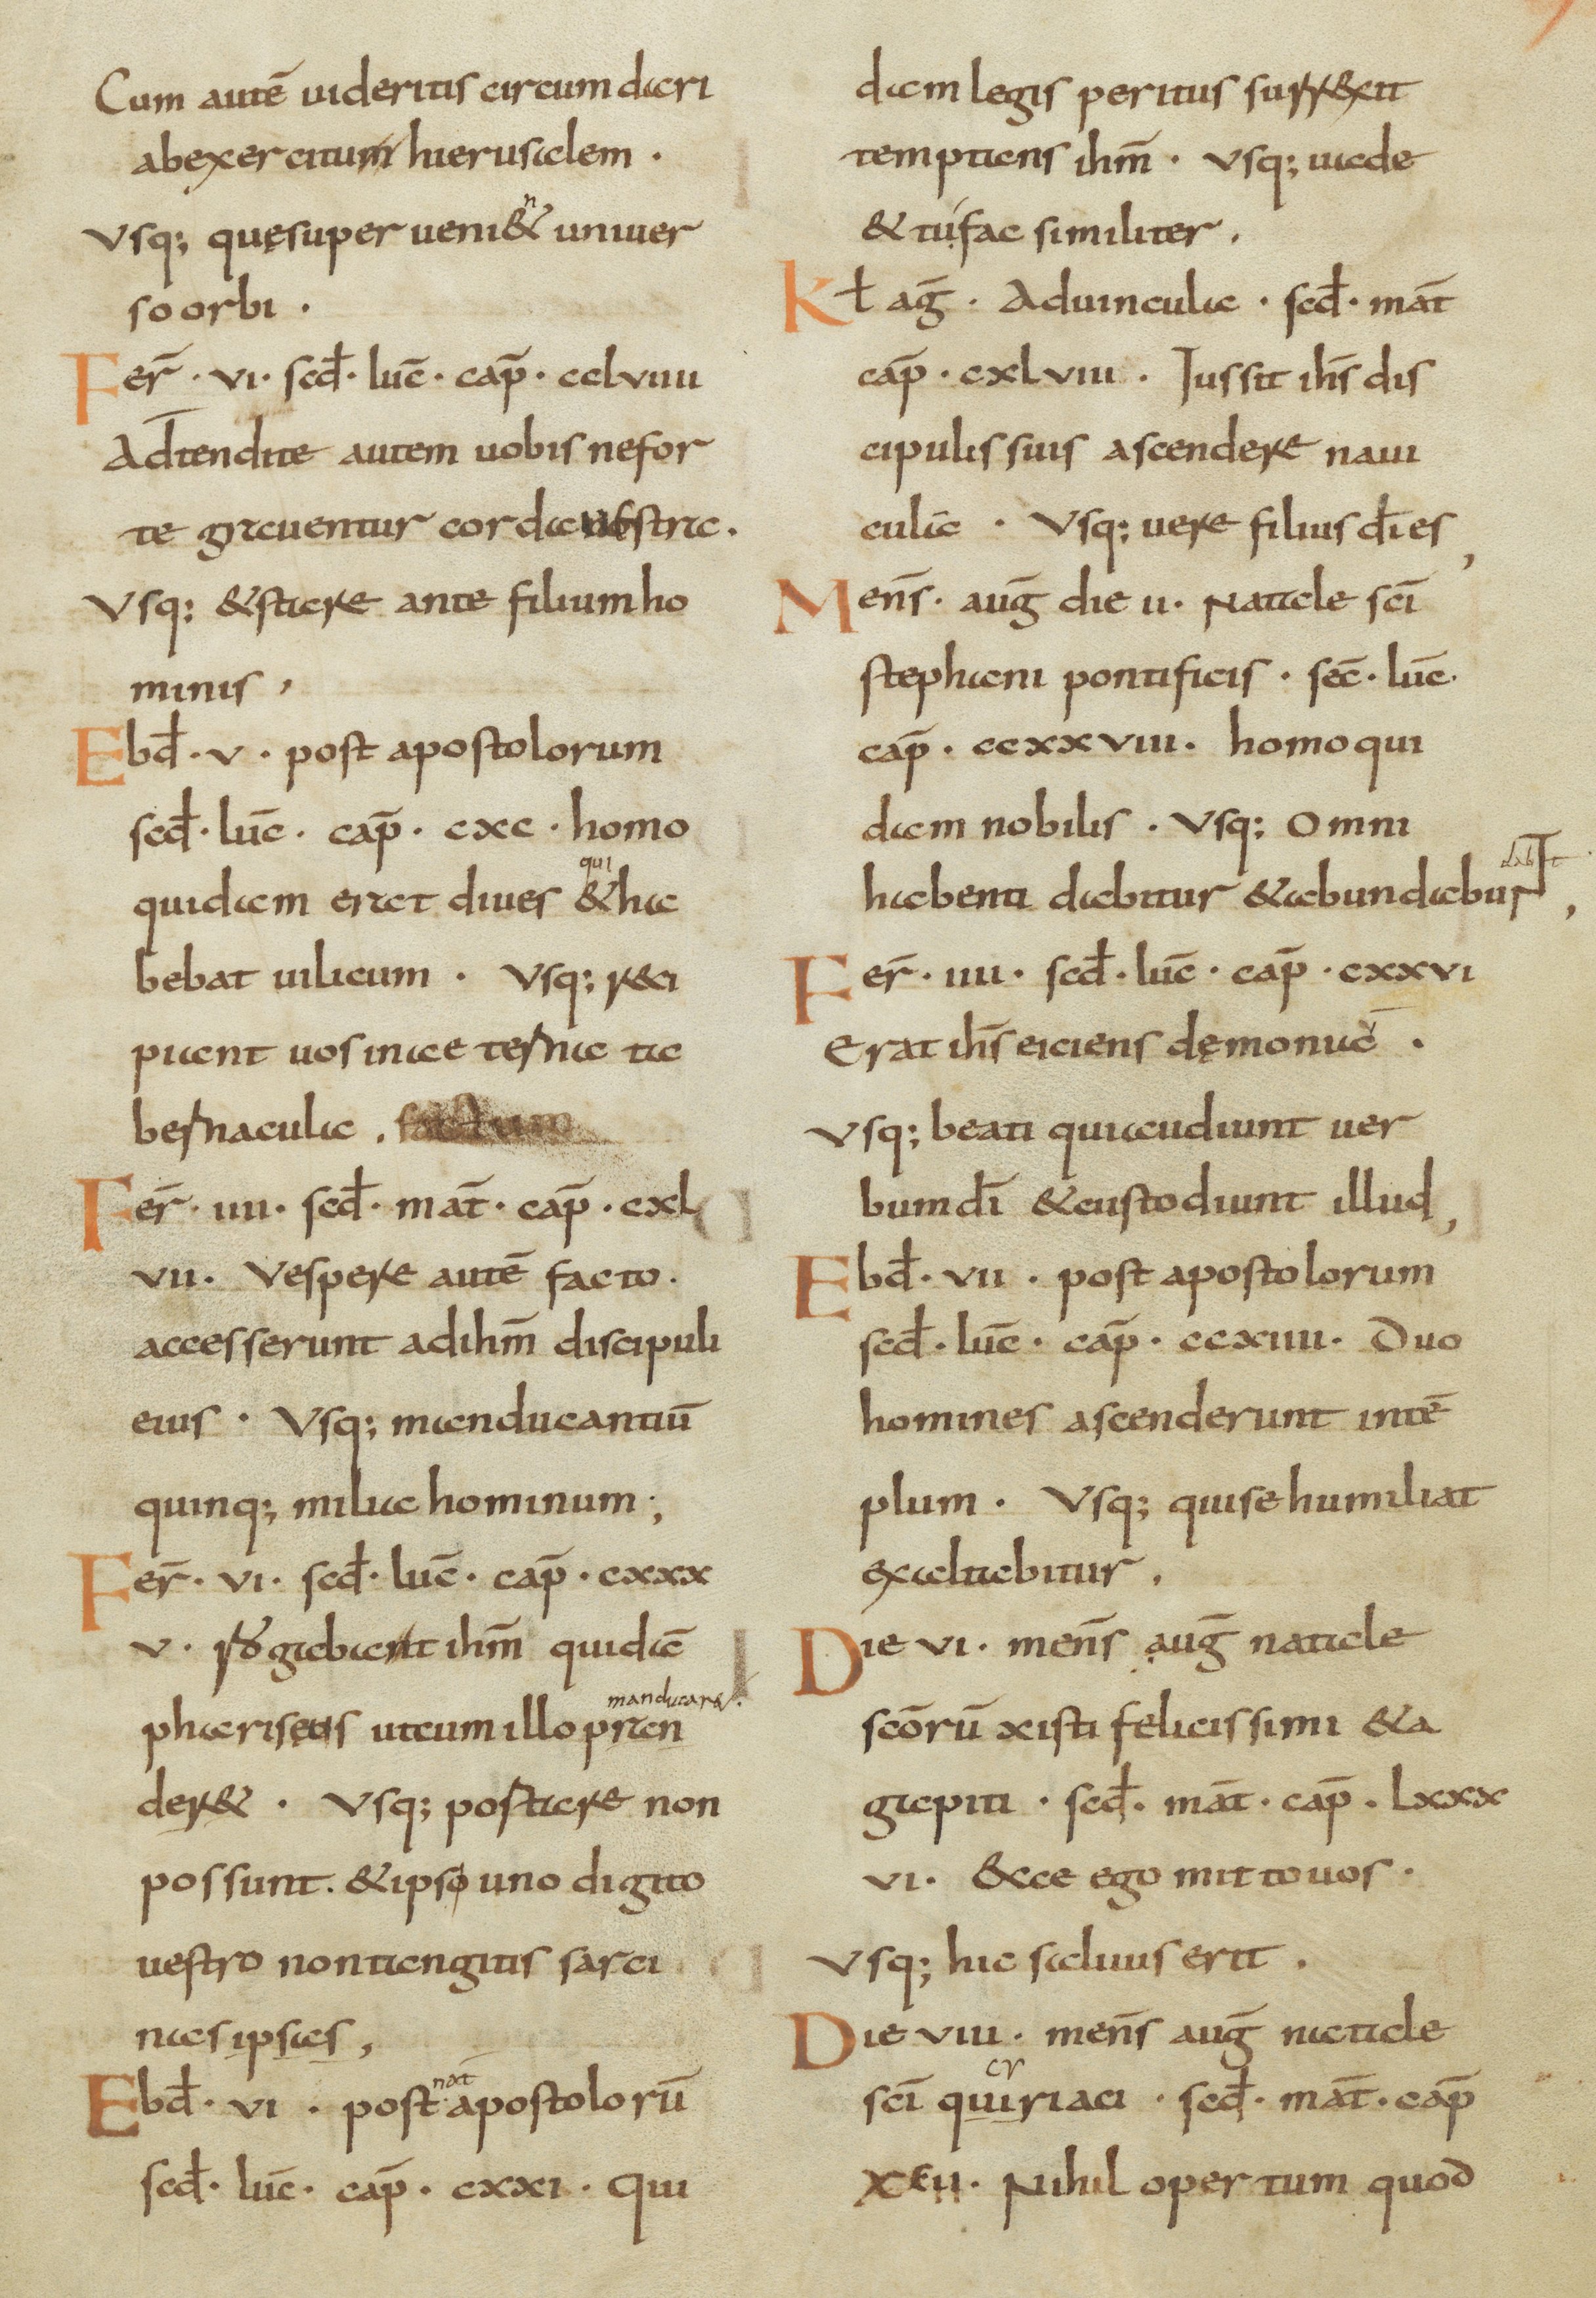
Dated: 800–899